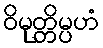
ဝိမုတ္တိမ္ပဟံ